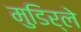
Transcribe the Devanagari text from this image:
मुडिर्ले